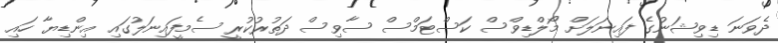
ދެވަނަ ޑިވިޝަނުގެ ފައިނަލަށް މޯލްޑިވްސް ކަސްޓަމްސް ސާވިސް ދަތުރުކުރީ ސެމީފައިނަލުގައި އިންޑިޔާ ހައި